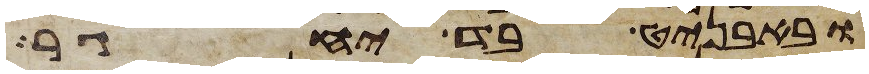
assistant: ובאבניט בד יחגר